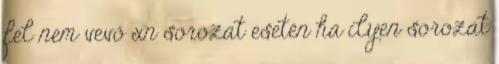
fel nem vevő xn sorozat esetén ha ilyen sorozat